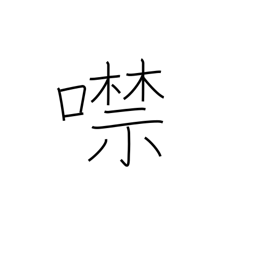
Meaning: shut up